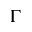
\Gamma